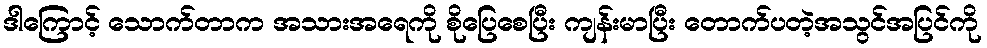
ဒါကြောင့် သောက်တာက အသားအရေကို စိုပြေစေပြီး ကျန်းမာပြီး တောက်ပတဲ့အသွင်အပြင်ကို